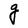
Character: g